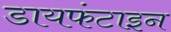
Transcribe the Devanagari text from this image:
डायफंटाइन